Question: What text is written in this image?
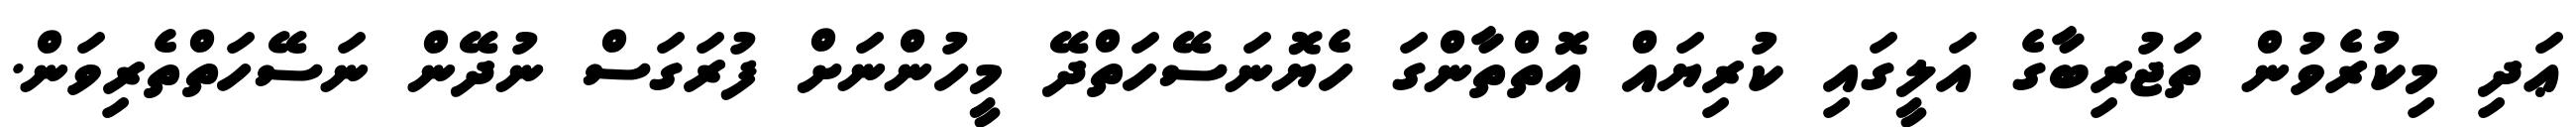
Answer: ޢަދި މިކުރެވުން ތަޖުރިބާގެ އަލީގައި ކުރިޔައް އޮތްތާންގަ ހެޔޮނަސޭހަތްދޭ މީހުންނަށް ފުރަގަސް ނުދޭން ނަސޭހަތްތެރިވަން.